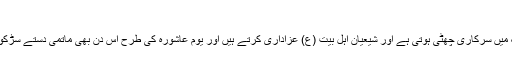
سرکاری چھٹی[ترمیم]
اس روز ایران سمیت بعض ممالک میں سرکاری چھٹی ہوتی ہے اور شیعیان اہل بیت (ع) عزاداری کرتے ہیں اور یوم عاشورہ کی طرح اس دن بھی ماتمی دستے سڑکوں پر نکل کر عزاداری کرتے ہیں۔